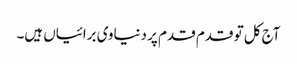
آج کل تو قدم قدم پر دنیاوی برائیاں ہیں۔